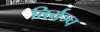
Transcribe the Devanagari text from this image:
तिर्यञ्च